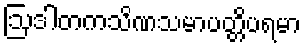
ဩဒါတကသိဏသမာပတ္တိပရမာ